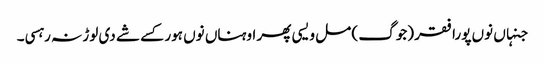
جنہاں نوں پورا فقر (جوگ ) مل ویسی پھر اوہناں نوں ہور کسے شے دی لوڑ نہ رہسی۔